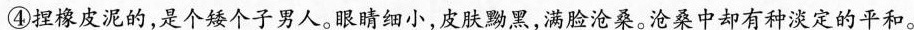
④捏橡皮泥的,是个矮个子男人。眼睛细小,皮联黝黑,满脸沧桑。沧桑中却有种淡定的平和。